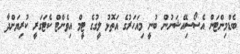
ބެޑްމިންޓަން އެސޯސިއޭޝަނުން ބުނީ މިއަހަރުގެ އަތޮޅު ލީގުގެ ޓީމް އިވެންޓް ކެޓަގަރީ ކުރިޔަށްދާ